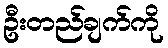
ဦးတည်ချက်ကို